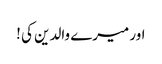
اور میرے والدین کی !